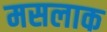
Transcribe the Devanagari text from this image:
मसलाक